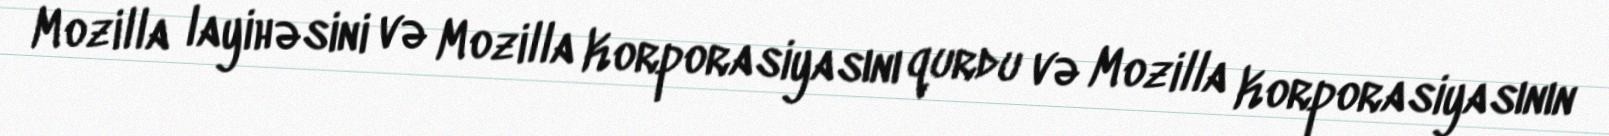
Mozilla layihəsini və Mozilla Korporasiyasını qurdu və Mozilla Korporasiyasının